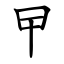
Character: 曱